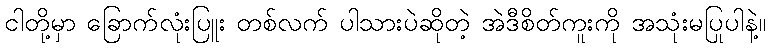
ငါတို့မှာ ခြောက်လုံးပြူး တစ်လက် ပါသားပဲဆိုတဲ့ အဲဒီစိတ်ကူးကို အသုံးမပြုပါနဲ့။